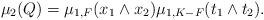
LaTeX: \begin{align*}\mu_2(Q) = \mu_{1,F}(x_1 \wedge x_2) \mu_{1,K-F}(t_1 \wedge t_2).\end{align*}